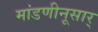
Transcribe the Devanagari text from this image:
मांडणीनूसार्